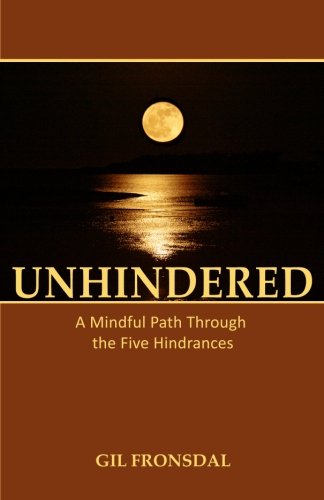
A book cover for Unhindered: A Mindful Path Through the Five Hindrances; Gil Fronsdal; Religion & Spirituality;